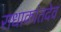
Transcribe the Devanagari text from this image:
राधाकांतदेव